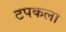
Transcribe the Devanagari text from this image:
टपकला